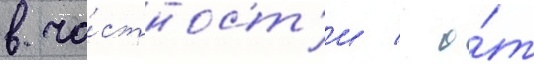
в ча́стност'и / о́т